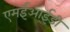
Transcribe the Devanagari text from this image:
एमईआईडी